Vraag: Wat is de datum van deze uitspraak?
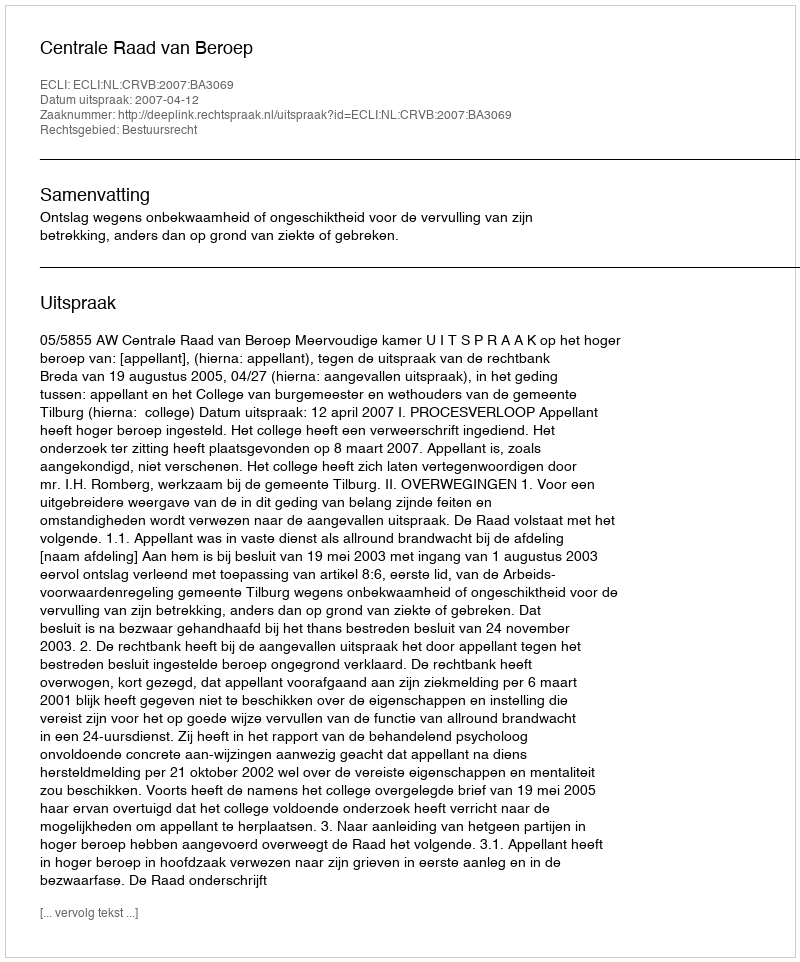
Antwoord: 2007-04-12